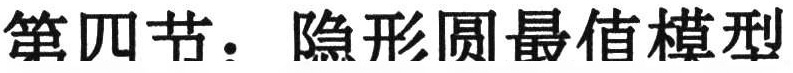
第四节. 隐形圆最值模型